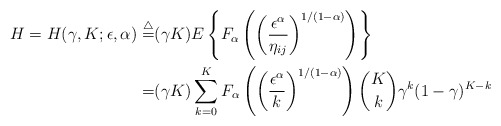
\begin{align*}H=H(\gamma,K;\epsilon,\alpha) \overset{\bigtriangleup}{=}& (\gamma K)E\left\{F_\alpha\left(\left(\frac{\epsilon^\alpha}{\eta_{ij}}\right)^{1/(1-\alpha)}\right)\right\}\\=& (\gamma K)\sum_{k=0}^{K} F_\alpha\left(\left(\frac{\epsilon^\alpha}{k}\right)^{1/(1-\alpha)}\right) \binom{K}{k}\gamma^k(1-\gamma)^{K-k}\end{align*}